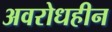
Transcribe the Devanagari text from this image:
अवरोधहीन